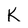
Character: K